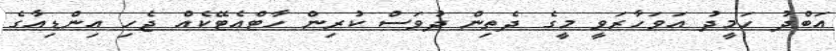
އަބްދު ހަމީދު އަވަހާރަވީ މީގެ ދެތިން ދުވަސް ކުރިން ހާޓްއެޓޭކެއް ޖެހި އިންޑިއާގެ